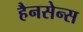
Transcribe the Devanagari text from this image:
हैनसेन्स